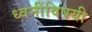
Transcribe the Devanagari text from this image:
ध्वनींविषयी